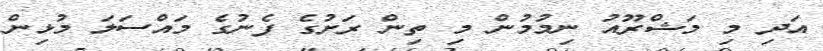
އަދި މި މަޝްރޫއު ނިމުމުން މި ތިން ރަށުގެ ފެނުގެ މައްސަލަ މުޅިން